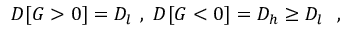
D [ G > 0 ] = D _ { l } \ , \ D [ G < 0 ] = D _ { h } \geq D _ { l } \ \ ,